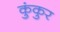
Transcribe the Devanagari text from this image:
कुंकुर